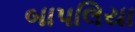
બાપલિયા